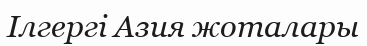
Ілгергі Азия жоталары